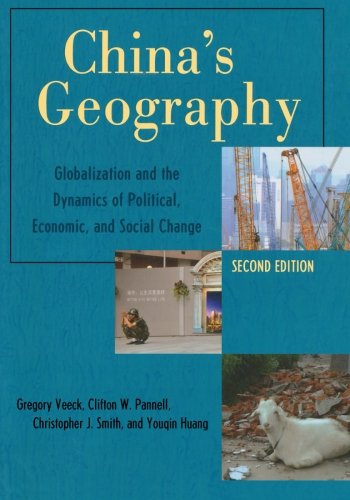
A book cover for China's Geography: Globalization and the Dynamics of Political, Economic, and Social Change (Changing Regions in a Global Context: New Perspectives in Regional Geography Series); Gregory Veeck; Travel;